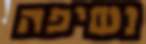
נשיפה